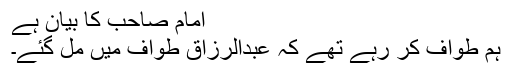
امام صاحب کا بیان ہے
ہم طواف کر رہے تھے کہ عبدالرزاق طواف میں مل گئے۔